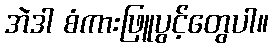
အဲဒါ စံကားဖြူပွင့်တွေပါ။